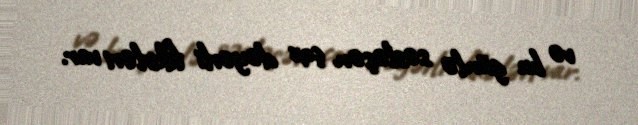
və bu günlə səsləşən çox dəyərli fikirləri var.